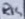
Text: R15